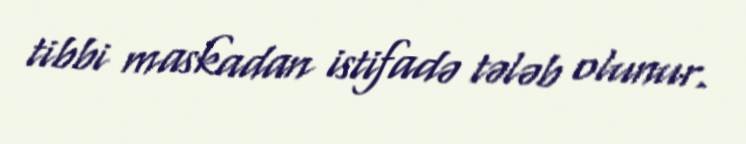
tibbi maskadan istifadə tələb olunur.